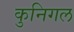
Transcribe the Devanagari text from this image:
कुनिगल